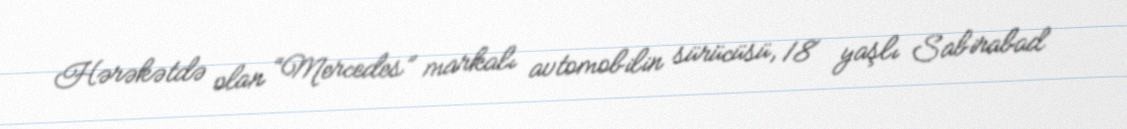
Hərəkətdə olan “Mercedes” markalı avtomobilin sürücüsü, 18 yaşlı Sabirabad